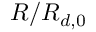
R / R _ { d , 0 }